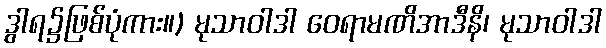
ဒွါရ၌ဖြစ်ပုံကား။) မုသာဝါဒါ ဝေရာမဏိအာဒီနိ၊ မုသာဝါဒါ